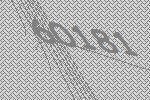
60181